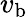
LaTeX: v_{\mathrm{b}}